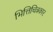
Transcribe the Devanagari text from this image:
भित्तिचित्रकार